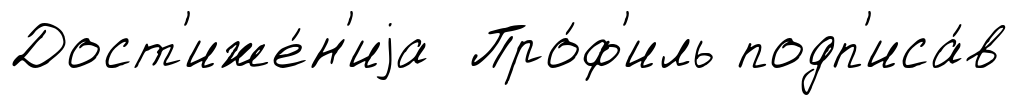
Дост'иже́н'иjа Про́ф'иль подп'иса́в